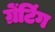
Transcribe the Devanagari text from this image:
ग्रेंटिंग